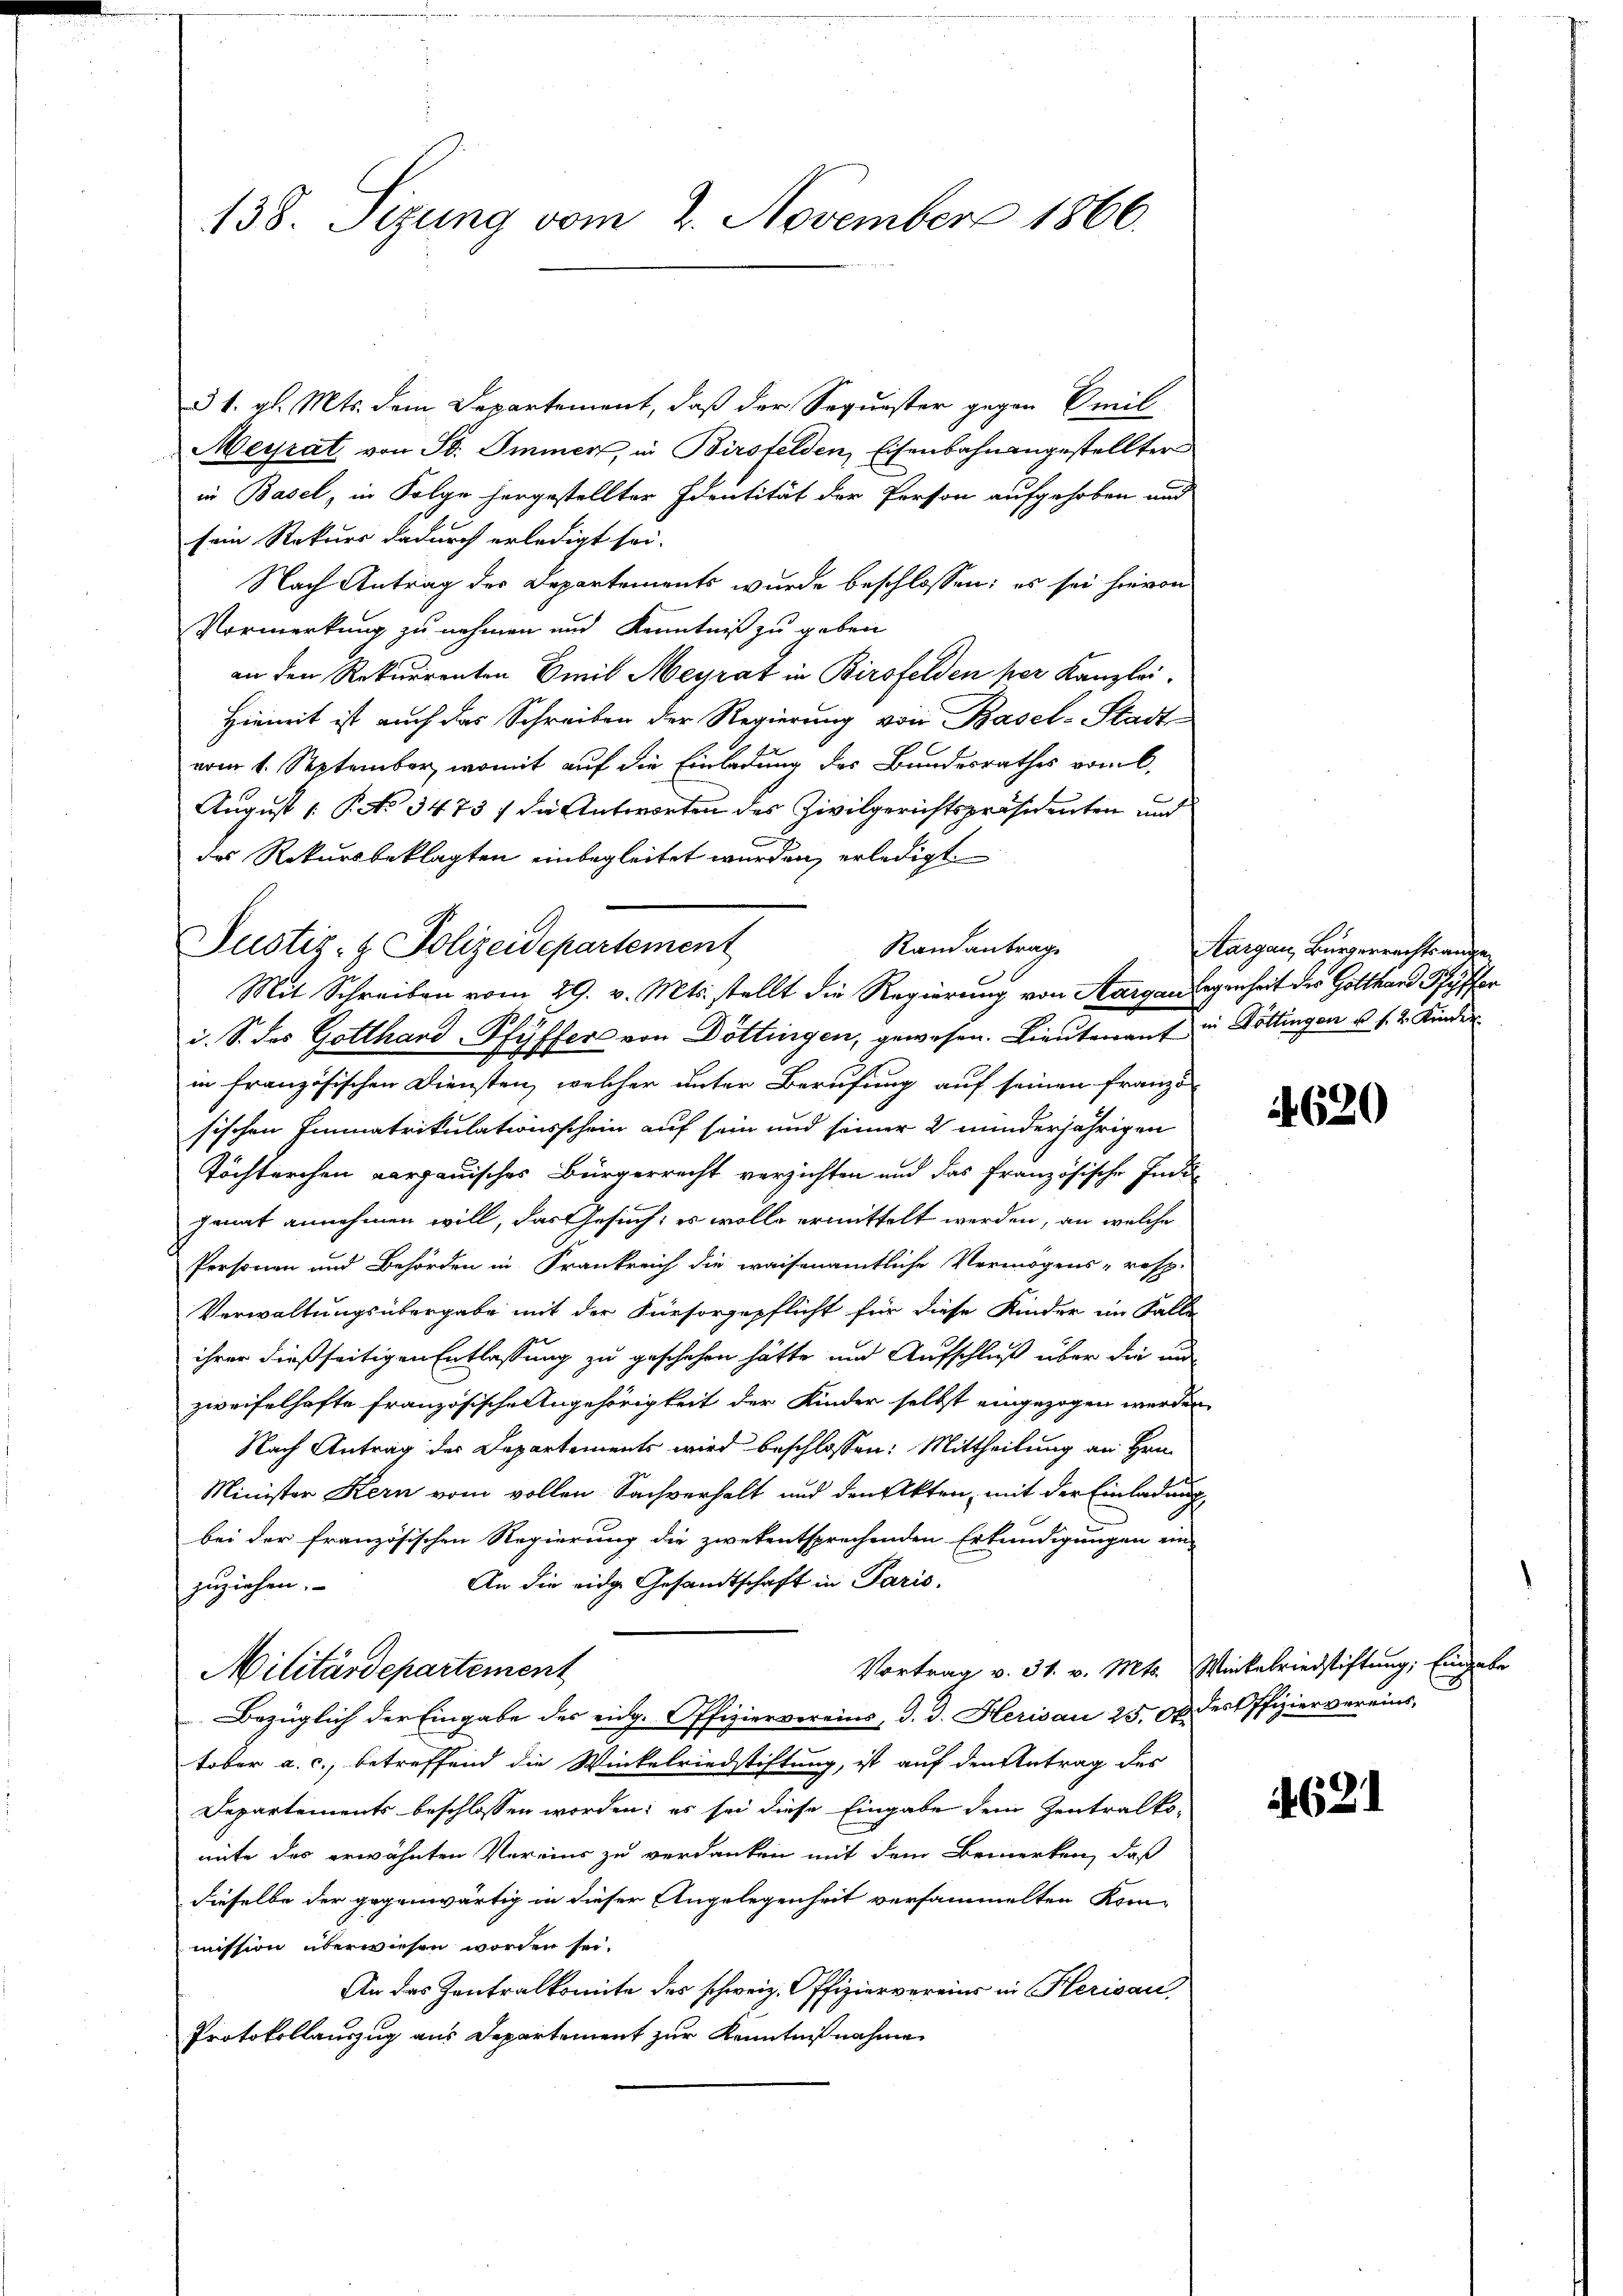
138. Sizung vom 2. November 1866.

§ 1. gl. Mts. dem Departement, daß der Sequester gegen Breil
Meyrat von St. Immer, in Birsfelden, Eisenbahnangestellter
in Basel, in Folge hergestellter Identität der Person aufgehoben und
sein Rekurs dadurch erledigt sei.
Nach Antrag der Departements wurde beschlossen: es sei hievon
Vormerkung zu nehmen und Kenntniß zu geben
an den Rekurrenten Emil Meyrat in Birsfelden per Kanzlei.
Hiemit ist auch das Schreiben der Regierung von Basel-Stadt
vom 1. September, womit auf die Einladung des Bundesrathes vom 6.
August [ P. No 3473/ die Antworten des Zivilgerichtspräsidenten und
des Rekursbeklagten einbegleitet wurden, erledigt.
Randantrag
Mit Schreiben vom 29. v. Mts. stellt die Regierung von Aargau legenheit des Gotthard Ryffer
i. S. das Gotthard Pfyffer von Döttingen, gewesen. Lieuterrent in Göttingen u. 1. 2. Kinder
in französischen Diensten, welcher unter Berufung auf seinen Franzö-
sischen Immatrikulationsschein auf sein und seiner 2 minderjährigen
Töchterchen verganisches Bürgerrecht verzichten und das französische Indi-
jenat annehmen will, das Gesuch, es wolle ermittelt werden, an welche
Personen und Behörden in Frankreich die waisenamtliche Vermögens- resp.
Verwaltungsübergabe mit der Fürsorgepflicht für diese Kinder im Falle
ihrer dießseitigen Entlassung zu geschehen hätte und Aufschluß über die und
zweifelhafte französische Angehörigkeit der Kinder selbst eingezogen werden
Nach Antrag des Departements wird beschlossen: Mittheilung an Hrn.
Minister Kern vom vollen Sachverhalt und den Akten, mit der Einladung
bei der französischen Regierung die zwekentsprechenden Erkundigungen ein-
An die eidge Gesandtschaft in Paris.
zuziehen.
Militärdepartement
Bezüglich der Eingabe des eidg. Offiziervereins, d. d. Herisau 25. 6. des Offiziervereins,
tober a. c., betreffend die Winkelriedstiftung, ist auf den Antrag der
Departements beschlossen worden; es sei diese Eingabe dem Zentralko-
mite des erwähnten Vereins zu verdanken mit dem Bemerken, daß
dieselbe der gegenwärtig in dieser Angelegenheit versammelten Kom-
mission überwiesen worden sei.
An das Zentralkomite des schweiz. Offiziervereins in Herisau,
Protokollauszug aus Departement zur Kenntnißnahme

Justiz- & Polizeidepartement

Kargau, Bürgerrechtsange¬

4620

Vortrag v. 31. v. Mts. Winkelriedstiftung, Eingabe

4621